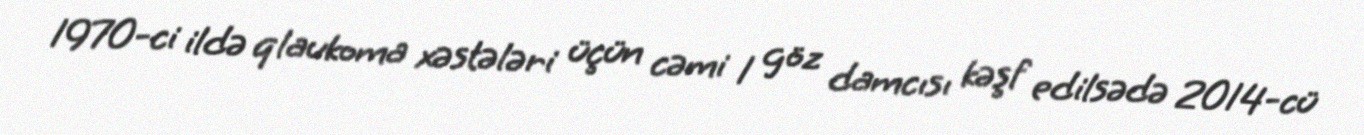
1970-ci ildə qlaukoma xəstələri üçün cəmi 1 göz damcısı kəşf edilsədə 2014-cü